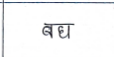
मजकूर: बघ